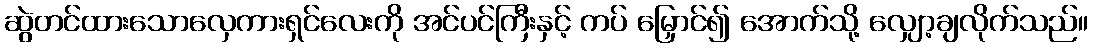
ဆွဲတင်ထားသောလှေကားရှင်လေးကို အင်ပင်ကြီးနှင့် ကပ် မြှောင်၍ အောက်သို့ လျှော့ချလိုက်သည်။